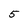
Character: 5